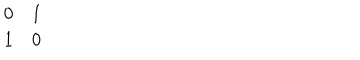
\begin{array} { c c } { { 0 } } & { { 1 } } \\ { { 1 } } & { { 0 } } \\ \end{array}